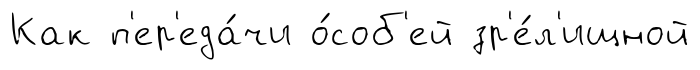
Как п'ер'еда́чи о́соб'ей зр'е́л'ищной